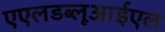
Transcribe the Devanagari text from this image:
एएलडब्लूआईएल